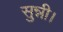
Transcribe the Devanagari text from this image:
सुन्नी।